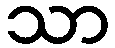
သာ